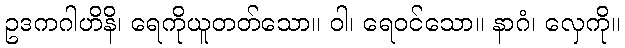
ဥဒကဂါဟိနိ၊ ရေကိုယူတတ်သော။ ဝါ၊ ရေဝင်သော။ နာဂံ၊ လှေကို။